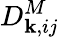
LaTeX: D_{\mathbf{k},ij}^{M}